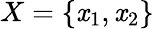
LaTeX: X=\{ \mathit{x}_{1},\mathit{x}_{2}\}